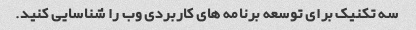
سه تکنیک برای توسعه برنامه های کاربردی وب را شناسایی کنید.